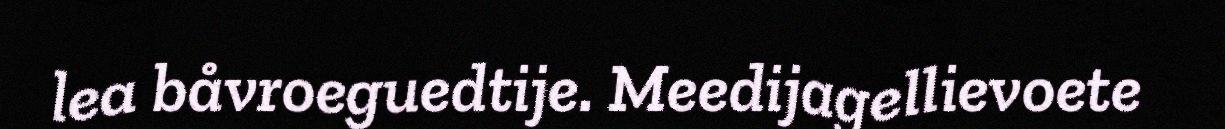
lea båvroeguedtije. Meedijagellievoete